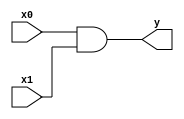
module and_gate(input x0, input x1, output y);
  assign y = x0 & x1;
endmodule